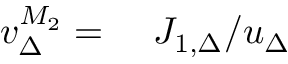
\begin{array} { r l } { v _ { \Delta } ^ { M _ { 2 } } = } & { { } \ J _ { 1 , \Delta } / u _ { \Delta } } \end{array}